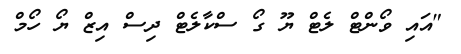
"އައި ވޯންޓް ލެޓް ޔޫ ގޯ ސްކާލެޓް ދިސް އިޒް ޔޯ ހޯމް